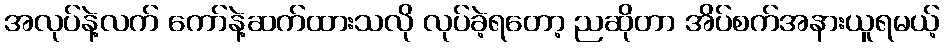
အလုပ်နဲ့လက် ကော်နဲ့ဆက်ထားသလို လုပ်ခဲ့ရတော့ ညဆိုတာ အိပ်စက်အနားယူရမယ့်